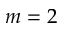
m = 2